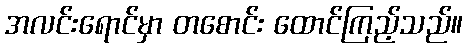
အလင်းရောင်မှာ တစောင်း ထောင်ကြည့်သည်။